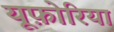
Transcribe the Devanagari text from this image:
यूफ़ोरिया